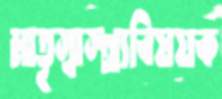
মাতৃস্বাস্থ্যবিষয়ক